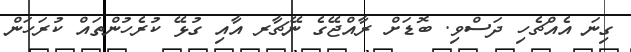
ގިނަ އެއްޗެހި ދަސްވި. ބޮޑަށް ރާއްޖޭގެ ނޭޗާރ އާއި ގުޅޭ ކުރެހުންތައް ކުރަހަން